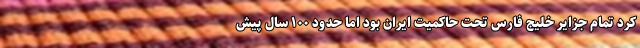
کرد تمام جزایر خلیج فارس تحت حاکمیت ایران بود اما حدود ۱۰۰ سال پیش